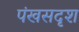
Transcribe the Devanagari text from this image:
पंखसदृश